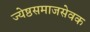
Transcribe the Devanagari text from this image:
ज्येष्ठसमाजसेवक